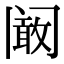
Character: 阚